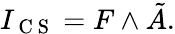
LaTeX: I_{\mathrm{~C~S~}}=F\wedge\tilde{A}.